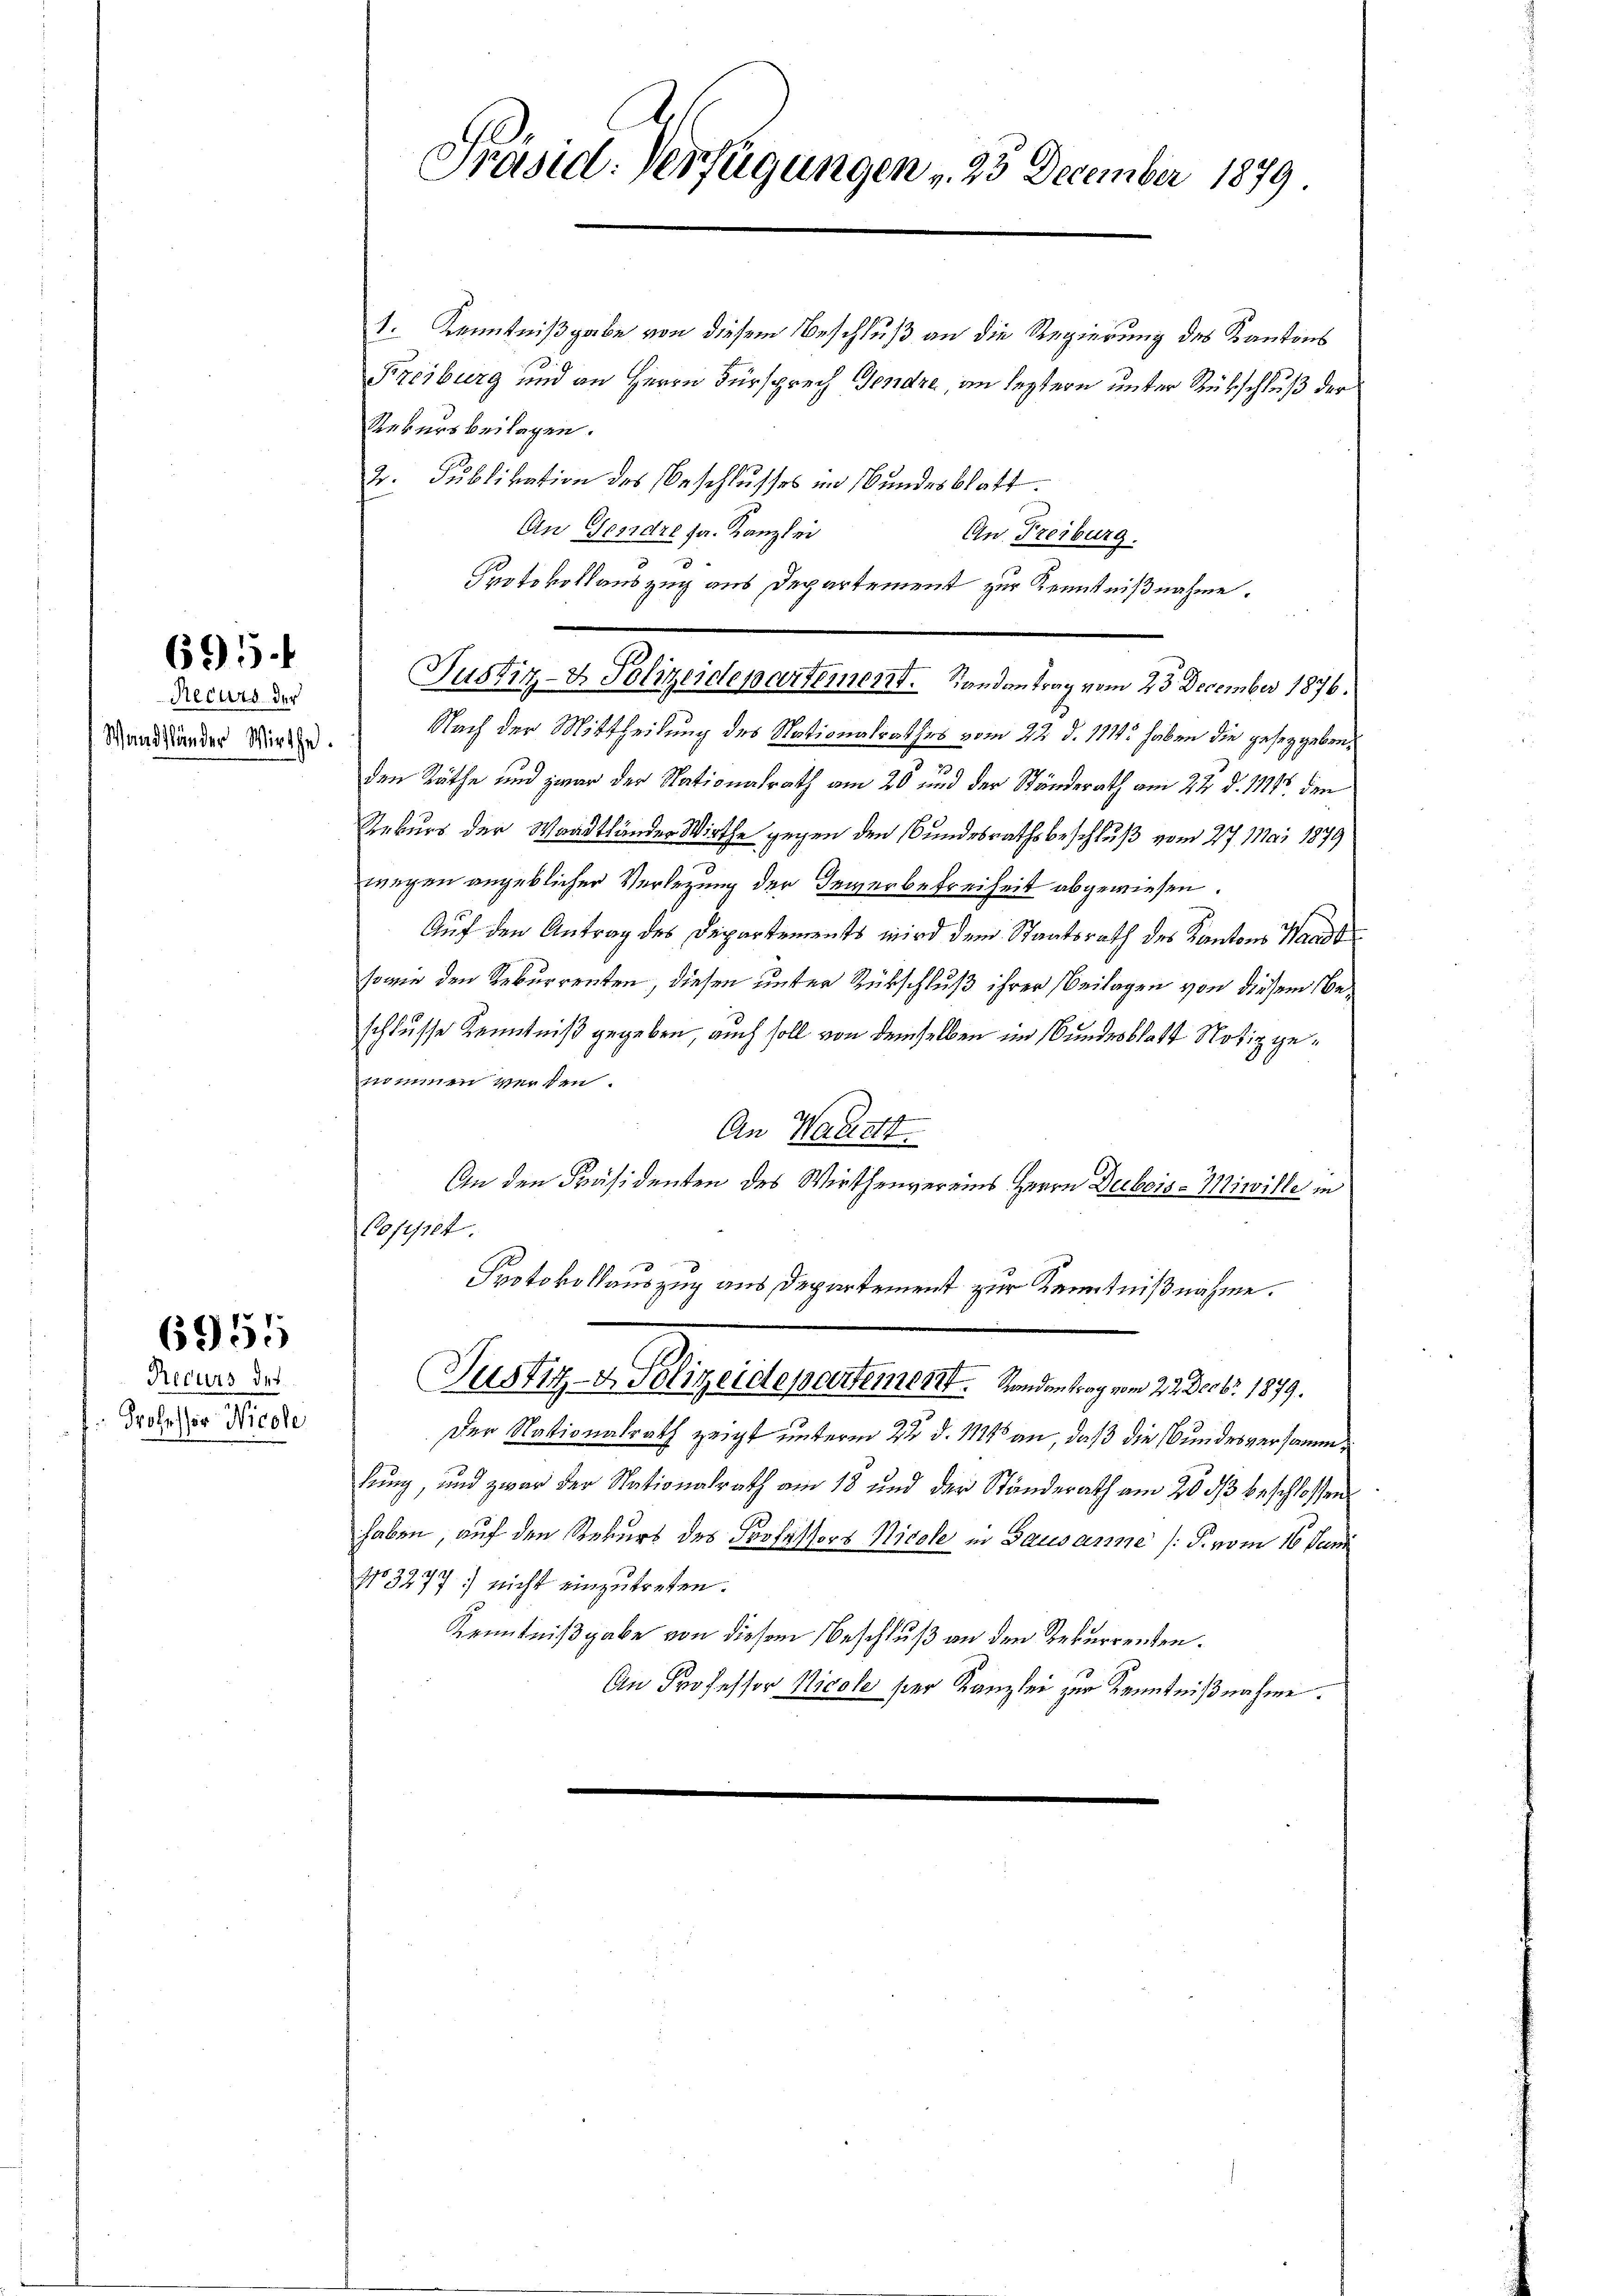
695.

Recurs der
Wandsländer Wirthe

6955

Recurs des
Professor Nicole

Präsidl. Verfügungen , 23 December 1879

1. Kenntnißgabe von diesem Beschluß an die Regierung des Kantons
Freiburg und an Herrn Fürsprech Gendre am leztern unter Rückschluß der
Rekurs beilagen.
2. Publikation des Beschlusses im Bundesblatt
An Fondre ja. Kanzlei
An Freiburg.
Protokollauszug aus Departement zur Kenntnißnahme.
Justiz- & Polizeidepartement. Randantrag vom 23. December 1876.
Nach der Mittheilung des Nationalrathes vom 22. d. 1874 haben die gesetzgeben,
den Räthe und zwar der Nationalrath am 20 und der Stunderath am 22. d. 11115. den
Rekurs der Waadtländer Wirthe gegen den Bundesrathsbeschluß vom 27. Mai 1879
wegen angeblicher Verlegung der Gewerbefreiheit abgewiesen.
Auf den Antrag des Departements wird dem Staatsrath des Kantons Waadt
sowie den Rekurrenten, diesen unter Rückschluß ihrer Beilagen von diesem Beschlusse Kenntniß gegeben, auch soll von demselben im Bundesblatt Notiz genommen werden.
An Waadt
An den Präsidenten des Wirthenvereins Herrn Decbois-Miwille in
Cofesset.
Protokollauszug aus Departement zur Kenntnißnahme.
Justiz- & Polizeideparteiner Randen trag vom 22. Decbr. 1879.
Der Nationalrath zeigt unterm 22 d. 11416 an, daß die Bundesversammlung, und zwar der Nationalrath am 18 und der Ständerath am 20. dβ beschlossen
haben, auf den Rekurs des Professors Nicole in Bausanne (S. vom 16. Juni
No. 3277) nicht einzutreten.
Kenntnißgabe von diesem Beschluß an den Rekurrenten.
An Professor Nicole ser Kanzlei zur Kenntnißnahme.